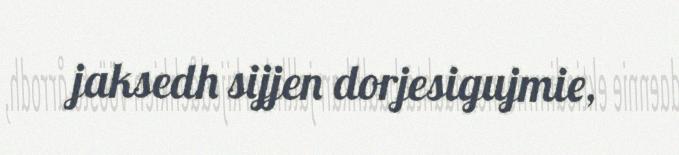
jaksedh sijjen dorjesigujmie,